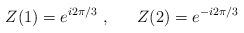
LaTeX: \begin{align*}Z(1) = e^{i2\pi /3} \ , \ \ \ \ \ Z(2) = e^{-i2\pi /3}\end{align*}